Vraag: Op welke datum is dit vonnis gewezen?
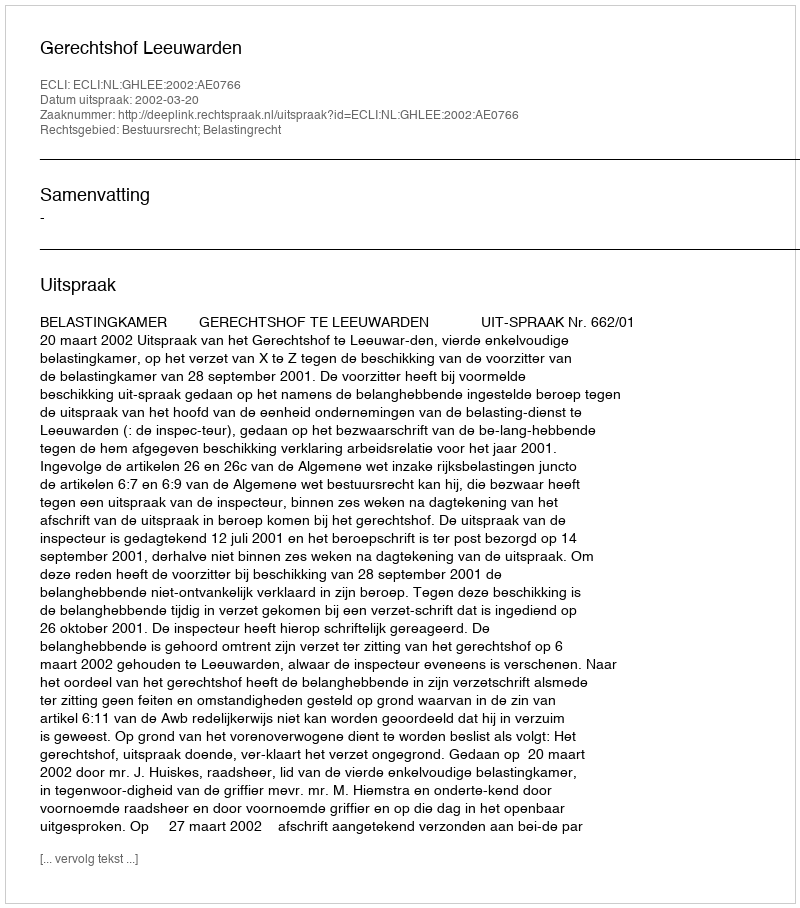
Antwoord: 2002-03-20